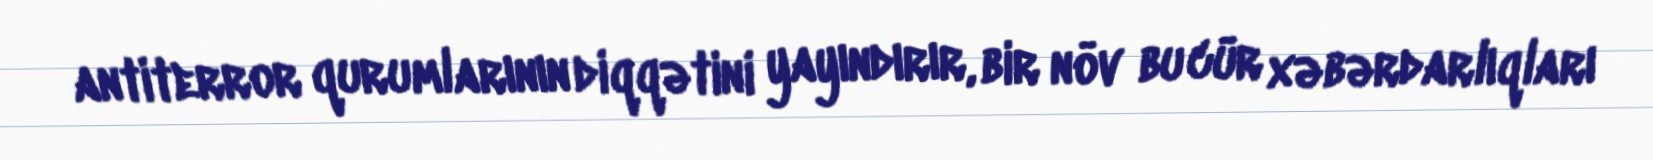
antiterror qurumlarının diqqətini yayındırır, bir növ bu cür xəbərdarlıqları